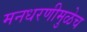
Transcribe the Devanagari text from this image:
मनधरणीमुळेच